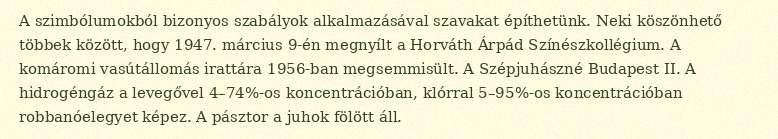
A szimbólumokból bizonyos szabályok alkalmazásával szavakat építhetünk. Neki köszönhető többek között, hogy 1947. március 9-én megnyílt a Horváth Árpád Színészkollégium. A komáromi vasútállomás irattára 1956-ban megsemmisült. A Szépjuhászné Budapest II. A hidrogéngáz a levegővel 4–74%-os koncentrációban, klórral 5–95%-os koncentrációban robbanóelegyet képez. A pásztor a juhok fölött áll.